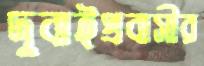
দুবাইপ্রবাসীর